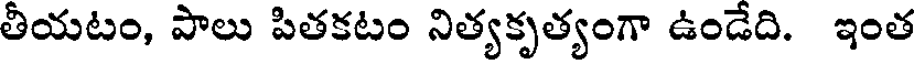
తీయటం, పాలు పితకటం నిత్యకృత్యంగా ఉండేది. ఇంత